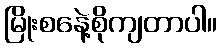
မြိုးစနေဲ့စိုကျတာပါ။